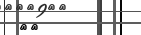
٨٤